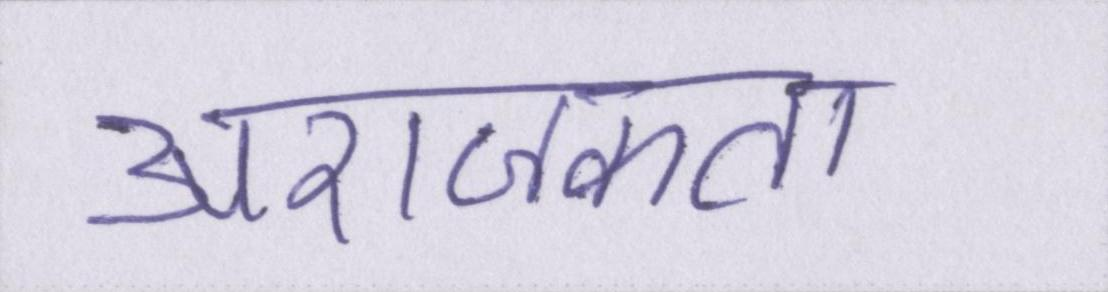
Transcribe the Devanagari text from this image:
अराजकता